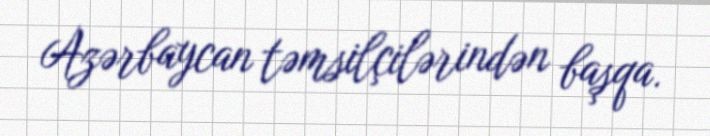
Azərbaycan təmsilçilərindən başqa.